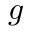
g